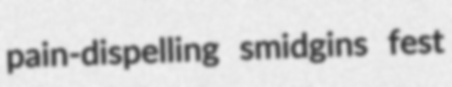
pain-dispelling smidgins fest